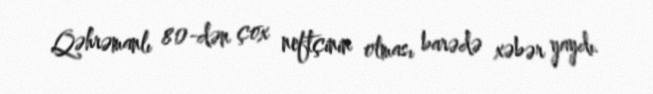
Qəhrəmanlı 80-dən çox neftçinin olması barədə xəbər yaydı.